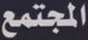
المجتمع